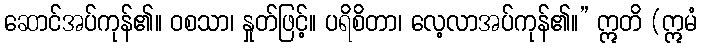
ဆောင်အပ်ကုန်၏။ ဝစသာ၊ နှုတ်ဖြင့်။ ပရိစိတာ၊ လေ့လာအပ်ကုန်၏။” ဣတိ (ဣမံ